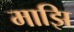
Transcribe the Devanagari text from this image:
माझि